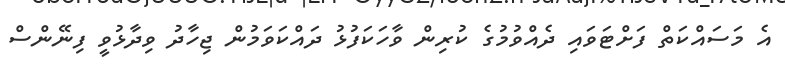
އެ މަސައްކަތް ފަށްޓަވައި ދެއްވުމުގެ ކުރިން ވާހަކަފުޅު ދައްކަވަމުން ޖިހާދު ވިދާޅުވީ ފިނޭންސް